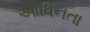
આધિનતા